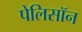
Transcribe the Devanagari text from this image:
पेलिसॉन